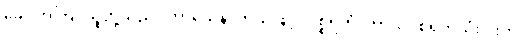
ခေါ၊ အကြင်သူတို့သည်။ ကာယေန၊ ကိုယ်ဖြင့်။ ဒုစ္စရိတံ၊ ကာယဒုစရိုက်သုံးပါးကို။